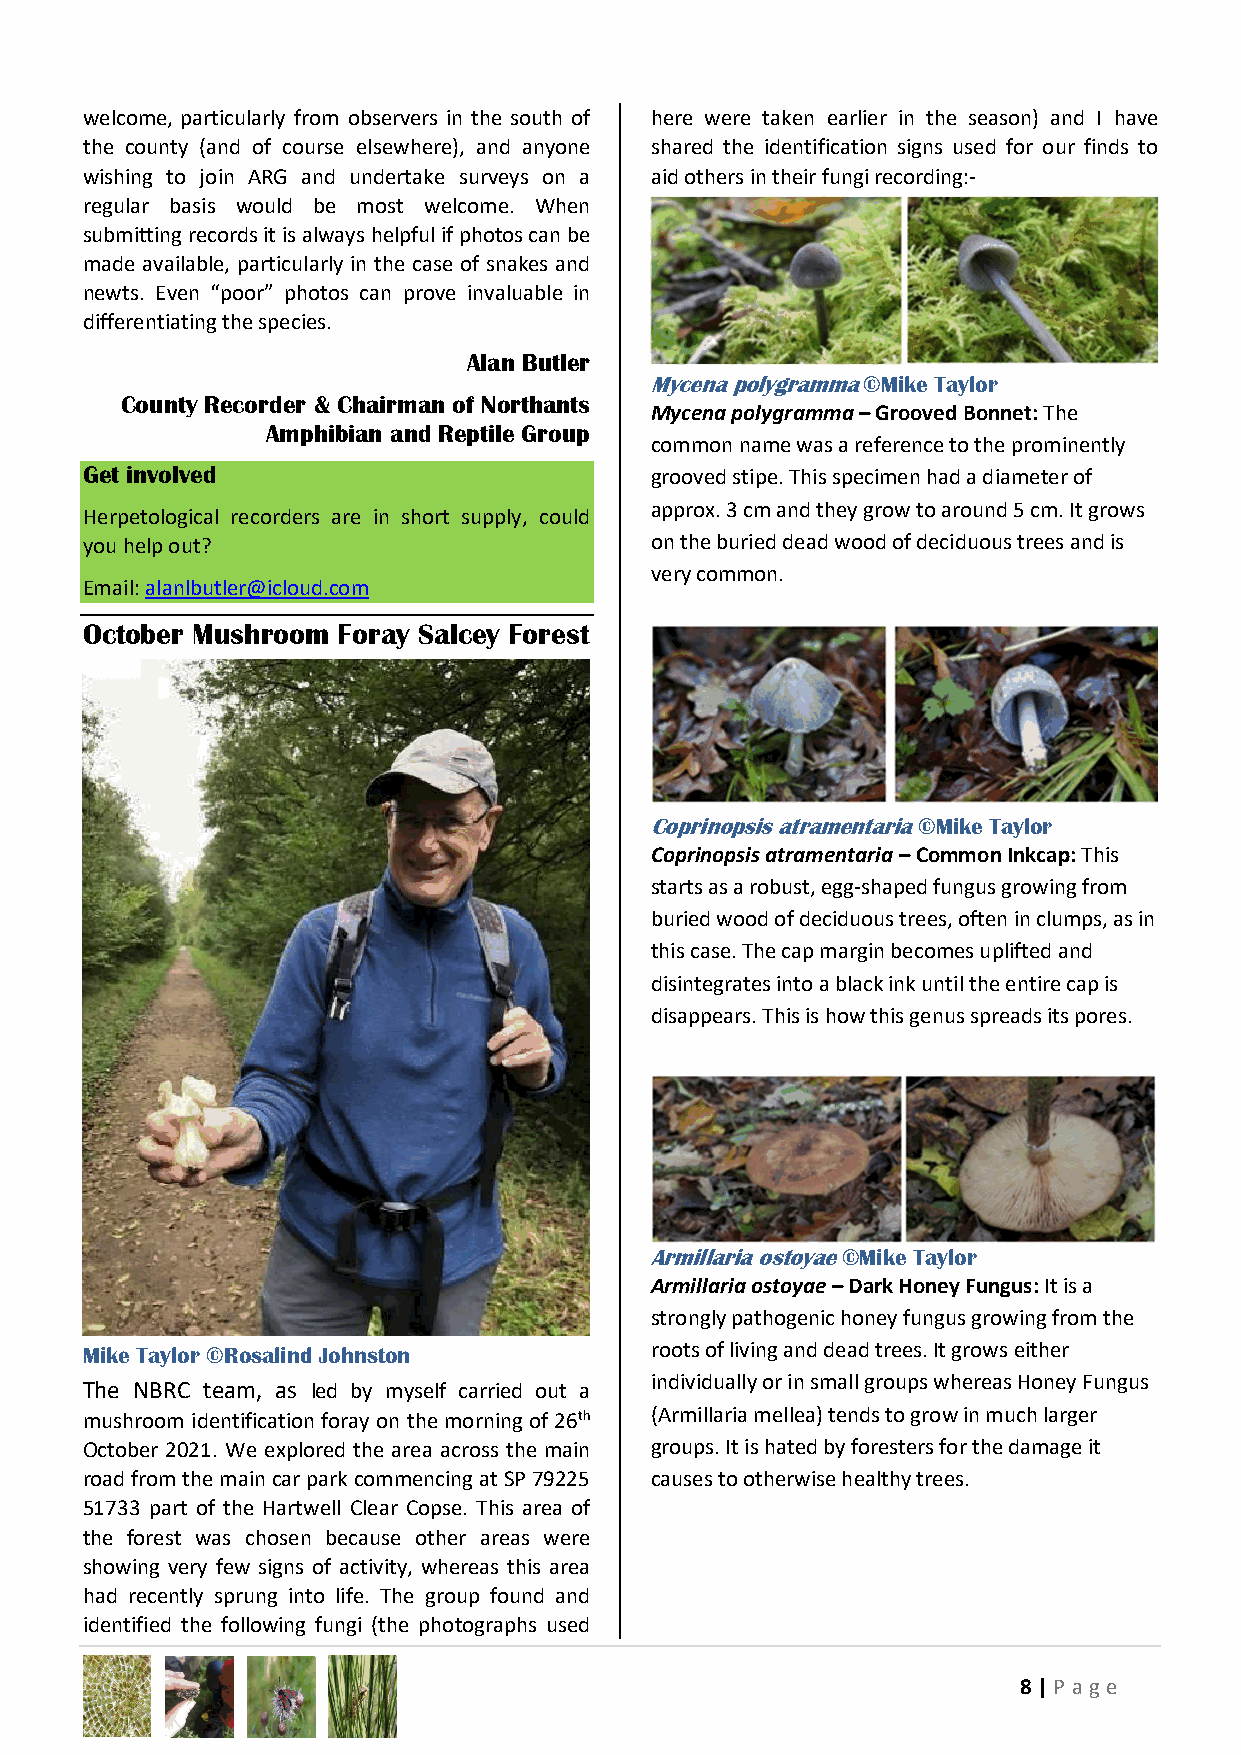
welcome, particularly from observers in the south of here were taken earlier in the season) and I have
 the county (and of course elsewhere), and anyone shared the identification signs used for our finds to
 wishing to join ARG and undertake surveys on a aid others in their fungi recording:-
 regular basis would be most welcome. When
 submitting records it is always helpful if photos can be
 made available, particularly in the case of snakes and
 newts. Even “poor” photos can prove invaluable in
 differentiating the species.
 Alan Butler
 Mycena polygramma ©Mike Taylor
 County Recorder & Chairman of Northants
 Mycena polygramma – Grooved Bonnet: The
 Amphibian and Reptile Group
 common name was a reference to the prominently
 Get involved                          grooved stipe. This specimen had a diameter of
 approx. 3 cm and they grow to around 5 cm. It grows
 Herpetological recorders are in short supply, could
 you help out?                         on the buried dead wood of deciduous trees and is
 very common.
 Email: alanlbutler@icloud.com
 October Mushroom Foray Salcey Forest
 Coprinopsis atramentaria ©Mike Taylor
 Coprinopsis atramentaria – Common Inkcap: This
 starts as a robust, egg-shaped fungus growing from
 buried wood of deciduous trees, often in clumps, as in
 this case. The cap margin becomes uplifted and
 disintegrates into a black ink until the entire cap is
 disappears. This is how this genus spreads its pores.
 Armillaria ostoyae ©Mike Taylor
 Armillaria ostoyae – Dark Honey Fungus: It is a
 strongly pathogenic honey fungus growing from the
 Mike Taylor ©Rosalind Johnston        roots of living and dead trees. It grows either
 individually or in small groups whereas Honey Fungus
 The NBRC team, as led by myself carried out a
 mushroom identification foray on the morning of 26th (Armillaria mellea) tends to grow in much larger
 October 2021. We explored the area across the main groups. It is hated by foresters for the damage it
 road from the main car park commencing at SP 79225 causes to otherwise healthy trees.
 51733 part of the Hartwell Clear Copse. This area of
 the forest was chosen because other areas were
 showing very few signs of activity, whereas this area
 had recently sprung into life. The group found and
 identified the following fungi (the photographs used
 8 | P age